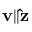
\mathbf { v } \| \mathbf { \hat { z } }